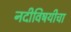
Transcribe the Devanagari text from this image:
नदीविषयीचा